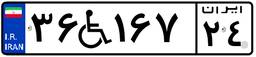
۳۶W۱۶۷۲۴